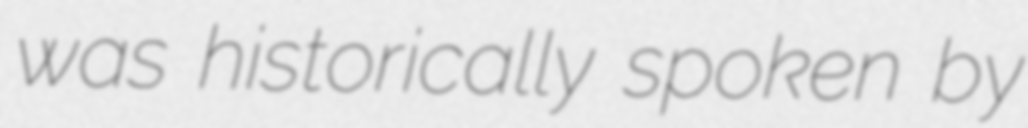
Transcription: was historically spoken by